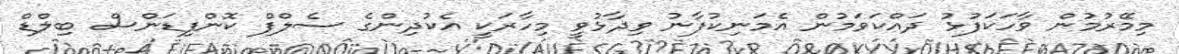
މިމޭރުމުން ވާހަކަފުޅު ދައްކަވަމުން އެމަނިކުފާނު ވިދާޅުވީ މިހާރަކީ އެކުދިންގެ ސެލްފް ކޮންފިޑަންސް ބިލްޑް